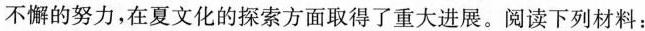
不懈的努力，在夏文化的探索方面取得了重大进展。阅读下列材料：